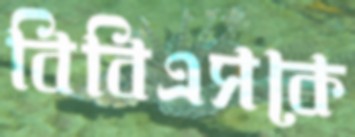
বিবিএসকে